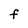
Character: F